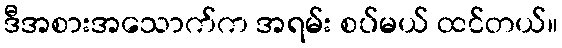
ဒီအစားအသောက်က အရမ်း စပ်မယ် ထင်တယ်။